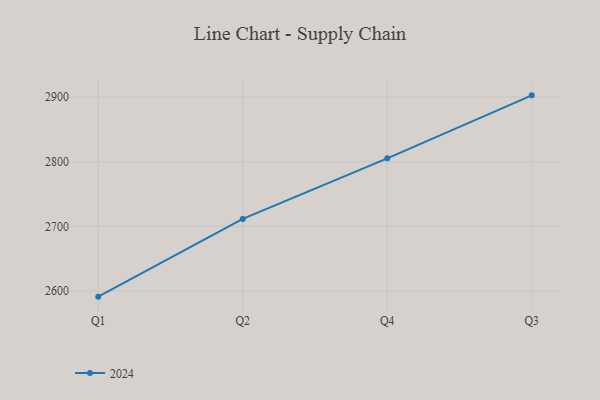
{"axis": {"x": "Quarter", "y": "Customer Acquisition Cost (USD)"}, "legend": ["2024"], "data": [{"x": "Q1", "y": 2591.4, "type": "2024"}, {"x": "Q2", "y": 2711.7, "type": "2024"}, {"x": "Q4", "y": 2805.4, "type": "2024"}, {"x": "Q3", "y": 2902.8, "type": "2024"}]}